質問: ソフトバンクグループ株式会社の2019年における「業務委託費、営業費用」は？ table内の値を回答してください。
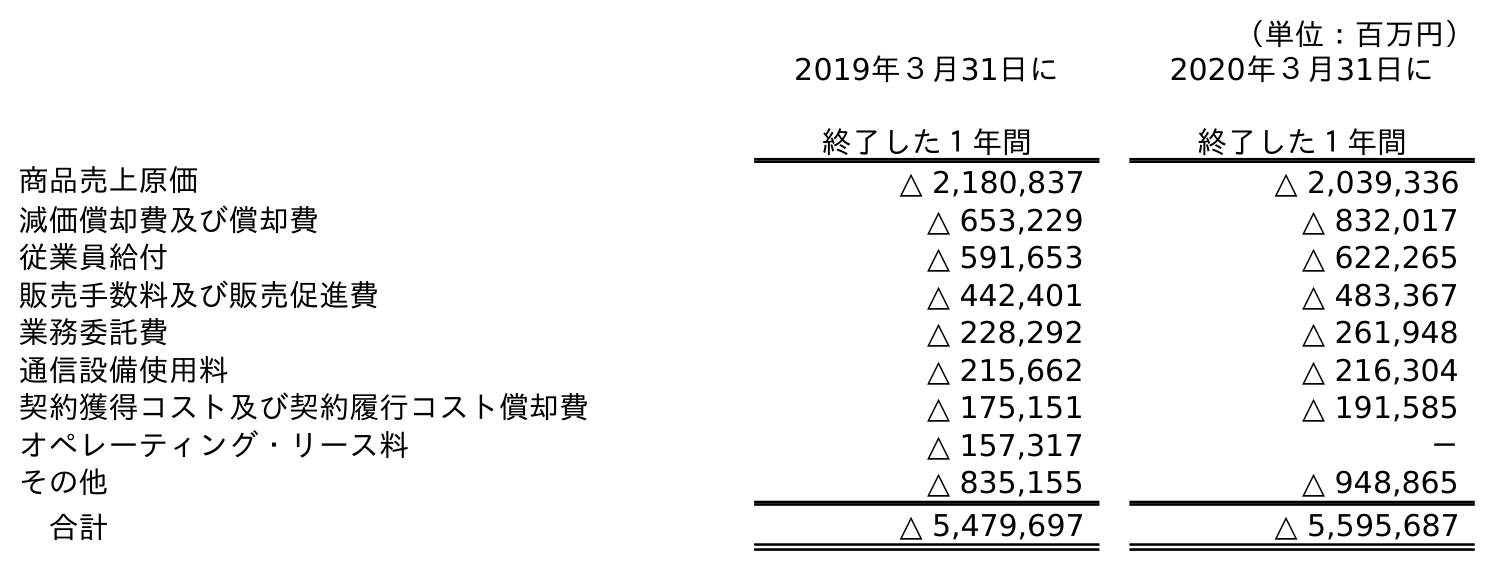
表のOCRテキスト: （単位：百万円） 2019年３月31日に 終了した１年間 2020年３月31日に 終了した１年間 商品売上原価 △ 2,180,837 △ 2,039,336 減価償却費及び償却費 △ 653,229 △ 832,017 従業員給付 △ 591,653 △ 622,265 販売手数料及び販売促進費 △ 442,401 △ 483,367 業務委託費 △ 228,292 △ 261,948 通信設備使用料 △ 215,662 △ 216,304 契約獲得コスト及び契約履行コスト償却費 △ 175,151 △ 191,585 オペレーティング・リース料 △ 157,317 － その他 △ 835,155 △ 948,865 合計 △ 5,479,697 △ 5,595,687
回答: △228,292